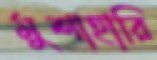
মুশাহারি